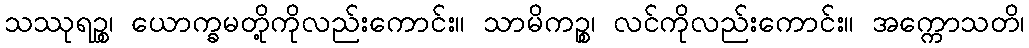
သဿုရဉ္စ၊ ယောက္ခမတို့ကိုလည်းကောင်း။ သာမိကဉ္စ၊ လင်ကိုလည်းကောင်း။ အက္ကောသတိ၊